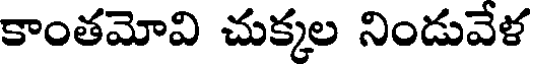
కాంతమోవి చుక్కల నిండువేళ